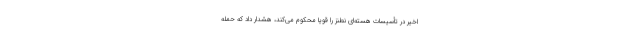
اخیر در تأسیسات هسته‌ای نطنز را قویاً محکوم می‌کند، هشدار داد که حمله